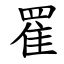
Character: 䍜